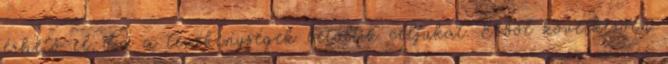
érhető el, ha a tevékenységek betöltik céljukat. Ebből következően